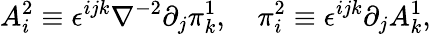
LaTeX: A_{i}^{2}\equiv\epsilon^{ijk}\nabla^{-2}\partial_{j}\pi_{k}^{1},\quad\pi_{i}^{2}\equiv\epsilon^{ijk}\partial_{j}A_{k}^{1},